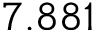
7 . 8 8 1